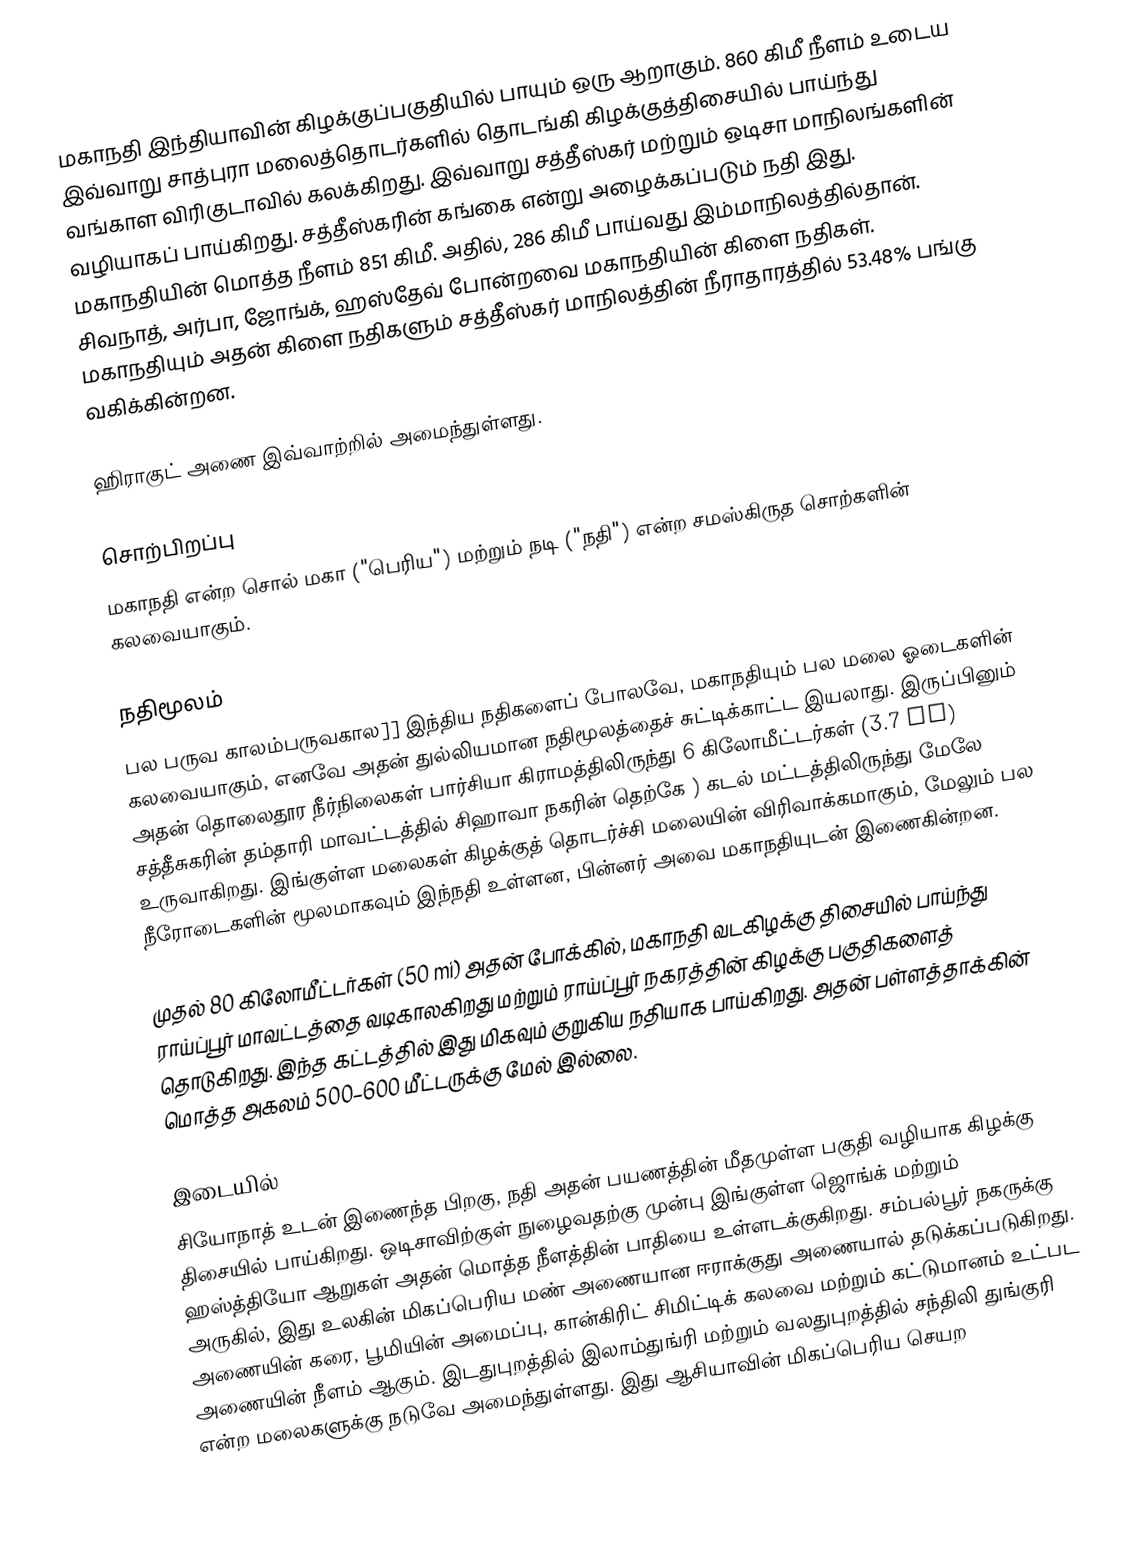
மகாநதி இந்தியாவின் கிழக்குப்பகுதியில் பாயும் ஒரு ஆறாகும். 860 கிமீ நீளம் உடைய இவ்வாறு சாத்புரா மலைத்தொடர்களில் தொடங்கி கிழக்குத்திசையில் பாய்ந்து வங்காள விரிகுடாவில் கலக்கிறது. இவ்வாறு சத்தீஸ்கர் மற்றும் ஒடிசா மாநிலங்களின் வழியாகப் பாய்கிறது. சத்தீஸ்கரின் கங்கை என்று அழைக்கப்படும் நதி இது. மகாநதியின் மொத்த நீளம் 851 கிமீ. அதில், 286 கிமீ பாய்வது இம்மாநிலத்தில்தான். சிவநாத், அர்பா, ஜோங்க், ஹஸ்தேவ் போன்றவை மகாநதியின் கிளை நதிகள். மகாநதியும் அதன் கிளை நதிகளும் சத்தீஸ்கர் மாநிலத்தின் நீராதாரத்தில் 53.48% பங்கு வகிக்கின்றன.

ஹிராகுட் அணை இவ்வாற்றில் அமைந்துள்ளது.

சொற்பிறப்பு
மகாநதி என்ற சொல் மகா ("பெரிய") மற்றும் நடி ("நதி") என்ற சமஸ்கிருத சொற்களின் கலவையாகும்.

நதிமூலம்
பல பருவ காலம்பருவகால]] இந்திய நதிகளைப் போலவே, மகாநதியும் பல மலை ஓடைகளின் கலவையாகும், எனவே அதன் துல்லியமான நதிமூலத்தைச் சுட்டிக்காட்ட இயலாது. இருப்பினும் அதன் தொலைதூர நீர்நிலைகள் பார்சியா கிராமத்திலிருந்து 6 கிலோமீட்டர்கள் (3.7 mi) சத்தீசுகரின் தம்தாரி மாவட்டத்தில் சிஹாவா நகரின் தெற்கே ) கடல் மட்டத்திலிருந்து மேலே உருவாகிறது.  இங்குள்ள மலைகள் கிழக்குத் தொடர்ச்சி மலையின் விரிவாக்கமாகும், மேலும் பல நீரோடைகளின் மூலமாகவும் இந்நதி உள்ளன, பின்னர் அவை மகாநதியுடன் இணைகின்றன.

முதல் 80 கிலோமீட்டர்கள் (50 mi) அதன் போக்கில், மகாநதி வடகிழக்கு திசையில் பாய்ந்து ராய்ப்பூர் மாவட்டத்தை வடிகாலகிறது மற்றும் ராய்ப்பூர் நகரத்தின் கிழக்கு பகுதிகளைத் தொடுகிறது. இந்த கட்டத்தில் இது மிகவும் குறுகிய நதியாக பாய்கிறது. அதன் பள்ளத்தாக்கின் மொத்த அகலம் 500–600 மீட்டருக்கு மேல் இல்லை.

இடையில்
சியோநாத் உடன் இணைந்த பிறகு, நதி அதன் பயணத்தின் மீதமுள்ள பகுதி வழியாக கிழக்கு திசையில் பாய்கிறது. ஒடிசாவிற்குள் நுழைவதற்கு முன்பு இங்குள்ள ஜொங்க் மற்றும் ஹஸ்த்தியோ ஆறுகள் அதன் மொத்த நீளத்தின் பாதியை உள்ளடக்குகிறது. சம்பல்பூர் நகருக்கு அருகில், இது உலகின் மிகப்பெரிய மண் அணையான ஈராக்குது அணையால் தடுக்கப்படுகிறது. அணையின் கரை, பூமியின் அமைப்பு, கான்கிரிட் சிமிட்டிக் கலவை மற்றும் கட்டுமானம் உட்பட அணையின் நீளம்  ஆகும். இடதுபுறத்தில் இலாம்துங்ரி மற்றும் வலதுபுறத்தில் சந்திலி துங்குரி என்ற மலைகளுக்கு நடுவே அமைந்துள்ளது. இது ஆசியாவின் மிகப்பெரிய செயற